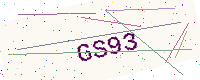
Text: GS93